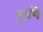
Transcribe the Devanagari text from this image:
ॠृषि